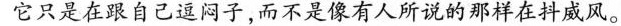
它只是在跟自己逗闷子，而不是像有人所说的那样在抖威风。